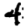
Digit: 4